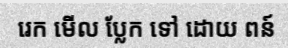
រេក មើល ប្លែក ទៅ ដោយ ពន៍